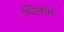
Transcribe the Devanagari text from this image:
ग्विलॉमे